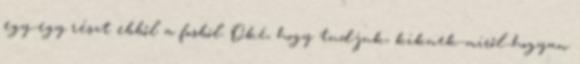
egy-egy részt ebből a fosból. Oké, hogy tudjuk, kiknek-miről-hogyan